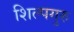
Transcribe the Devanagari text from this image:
शिल्पगुरु